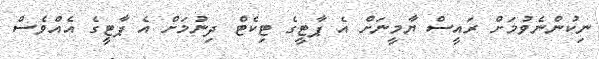
ނިކުންނެވުމަށް ރައީސް ޔާމީނަށް އެ ޕާޓީގެ ޓިކެޓް ދިނުމަށް އެ ޕާޓީގެ އެއްވެސް